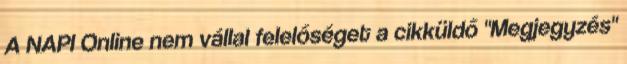
A NAPI Online nem vállal felelőséget a cikküldő "Megjegyzés"